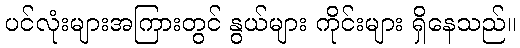
ပင်လုံးများအကြားတွင် နွယ်များ ကိုင်းများ ရှိနေသည်။